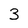
Character: 3